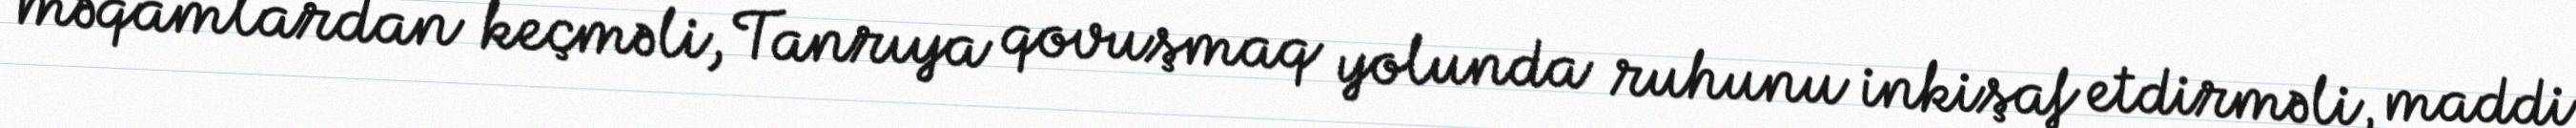
məqamlardan keçməli, Tanrıya qovuşmaq yolunda ruhunu inkişaf etdirməli, maddi